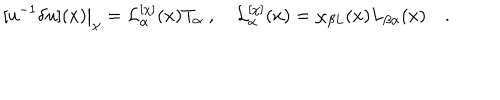
[ u ^ { - 1 } \delta u ] ( x ) \big | _ { \chi } = { \cal L } _ { \alpha } ^ { [ \chi ] } ( x ) T _ { \alpha } \; , \quad { \cal L } _ { \alpha } ^ { [ \chi ] } ( x ) = \chi _ { \beta L } ( x ) L _ { \beta \alpha } ( x ) \quad .